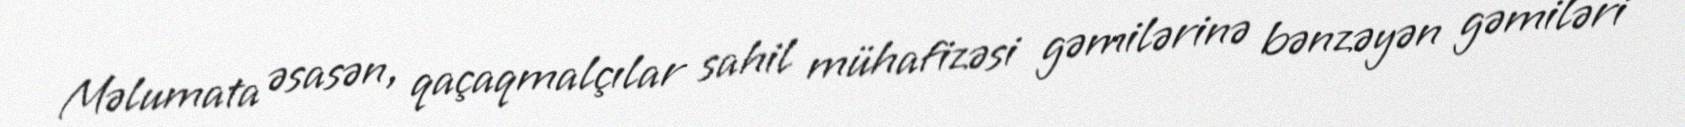
Məlumata əsasən, qaçaqmalçılar sahil mühafizəsi gəmilərinə bənzəyən gəmiləri